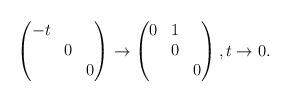
LaTeX: \begin{gather*}\begin{pmatrix}-t & & \\ & 0 & \\ & & 0\end{pmatrix}\to\begin{pmatrix}0 & 1 & \\ & 0 & \\ & & 0\end{pmatrix},t \to 0.\end{gather*}